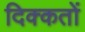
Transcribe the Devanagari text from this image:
दिक्‍कतों